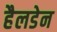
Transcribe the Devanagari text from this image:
हैलडेन